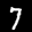
Label: 7